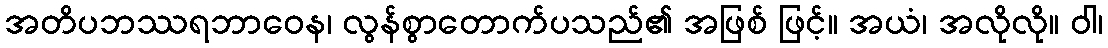
အတိပဘဿရဘာဝေန၊ လွန်စွာတောက်ပသည်၏ အဖြစ် ဖြင့်။ အယံ၊ အလိုလို။ ဝါ၊